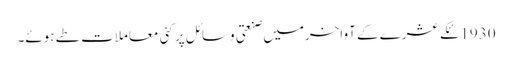
1930ئکے عشرے کے آواخرمیں صنعتی وسائل پر کئی معاملات طے ہوئے۔